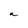
Character: a